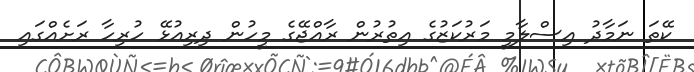
ކޭތަ ނަމާދު އިސްލާމީ މަރުކަޒުގެ އިތުރުން ރާއްޖޭގެ މީހުން ދިރިއުޅޭ ހުރިހާ ރަށެއްގައި